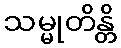
သမ္မုတိန္တိ